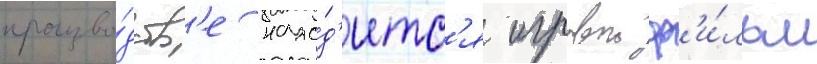
произво́дств'е нахо́д'итс'я игровои ф'и́льм